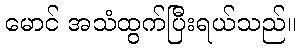
မောင် အသံထွက်ပြီးရယ်သည်။